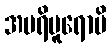
အပရိပူရောပိ